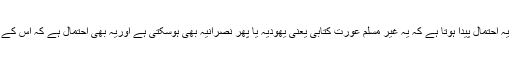
سوال میں یہ ذکر کیا گيا ہے کہ غیرمسلم عورت جس سے یہ احتمال پیدا ہوتا ہے کہ یہ غیر مسلم عورت کتابی یعنی یھودیہ یا پھر نصرانیہ بھی ہوسکتی ہے اوریہ بھی احتمال ہے کہ اس کے علاوہ بدھ مت یا پھر ھندو اورکیمونسٹ بھی ہوسکتی ہے ۔